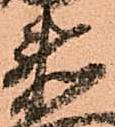
衛